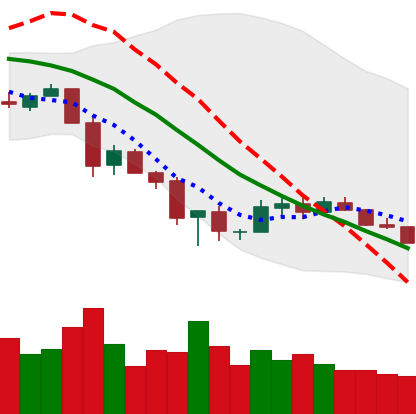
Ticker: XLM-USD
Chart end date: 2018-12-05
Forward return: -13.008%
Label: down_7plus